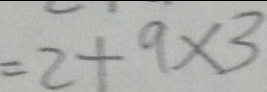
= 2 + 9 \times 3